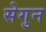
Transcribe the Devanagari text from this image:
सेगुन